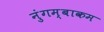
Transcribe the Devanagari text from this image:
नुंगम्बाकम